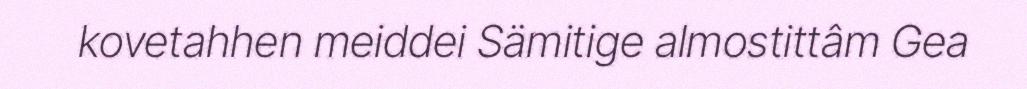
kovetahhen meiddei Sämitige almostittâm Gea